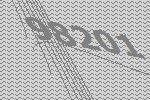
98201